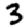
Digit: 3